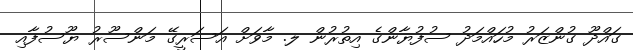
ގައްދޫ ގުންޒަރު މުހައްމަދު ސުފުޔާންގެ އިތުރުން ލ. މާވަށް އަސަރީގޭ މަންސޫރު ޔޫސުފާއި